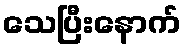
သေပြီးနောက်